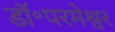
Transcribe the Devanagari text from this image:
डॉ॰परमेश्वर